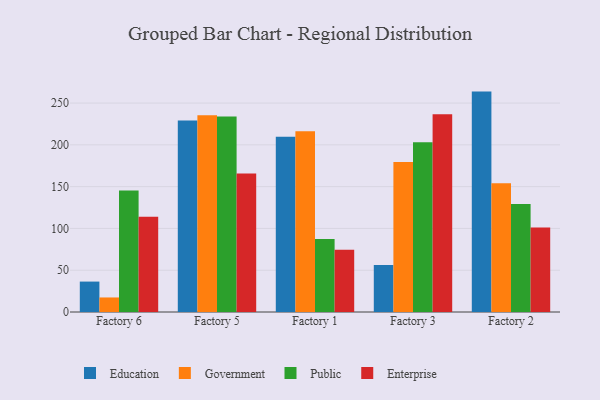
{"axis": {"x": "Factory", "y": "Waste Production (Tons)"}, "legend": ["Education", "Enterprise", "Government", "Public"], "data": [{"x": "Factory 6", "y": 36.4, "type": "Education"}, {"x": "Factory 6", "y": 17.4, "type": "Government"}, {"x": "Factory 6", "y": 145.3, "type": "Public"}, {"x": "Factory 6", "y": 114.0, "type": "Enterprise"}, {"x": "Factory 5", "y": 229.1, "type": "Education"}, {"x": "Factory 5", "y": 235.4, "type": "Government"}, {"x": "Factory 5", "y": 233.9, "type": "Public"}, {"x": "Factory 5", "y": 165.8, "type": "Enterprise"}, {"x": "Factory 1", "y": 209.8, "type": "Education"}, {"x": "Factory 1", "y": 216.2, "type": "Government"}, {"x": "Factory 1", "y": 87.4, "type": "Public"}, {"x": "Factory 1", "y": 74.6, "type": "Enterprise"}, {"x": "Factory 3", "y": 56.3, "type": "Education"}, {"x": "Factory 3", "y": 179.4, "type": "Government"}, {"x": "Factory 3", "y": 203.2, "type": "Public"}, {"x": "Factory 3", "y": 236.5, "type": "Enterprise"}, {"x": "Factory 2", "y": 263.7, "type": "Education"}, {"x": "Factory 2", "y": 154.0, "type": "Government"}, {"x": "Factory 2", "y": 129.1, "type": "Public"}, {"x": "Factory 2", "y": 101.1, "type": "Enterprise"}]}